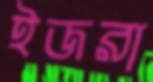
ইজরা